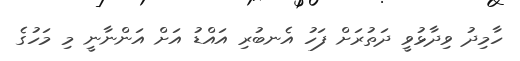
ހާމިދު ވިދާޅުވީ ދަތުރަށް ފަހު އެނބުރި އައްޑު އަށް އަންނާނީ މި މަހުގެ